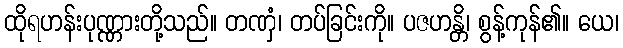
ထိုရဟန်းပုဏ္ဏားတို့သည်။ တဏှံ၊ တပ်ခြင်းကို။ ပဇဟန္တိ၊ စွန့်ကုန်၏။ ယေ၊